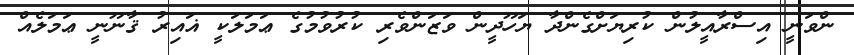
ންވަނީ އިސްރާއީލުން ކުރިޔަށްގެންދާ ޔަހޫދީން ވަޒަންވެރި ކުރުވުމުގެ ޢަމަލަކީ ޣައިރު ޤާނޫނީ ޢަމަލެއް